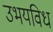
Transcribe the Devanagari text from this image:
उभयविध